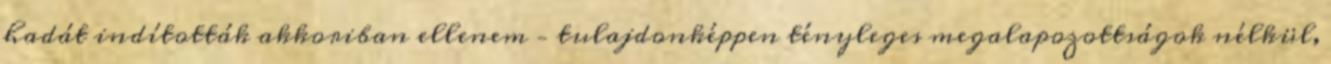
hadát indították akkoriban ellenem – tulajdonképpen tényleges megalapozottságok nélkül,